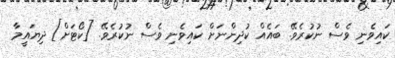
ކައިވެނި ވެސް ނުކުރެވޭ. ބައެއް ކުދިންނަށް ކައިވެނި ވެސް ނުކުރެވޭ. [ކޯޓަށް] ދިޔައީމާ